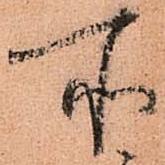
所